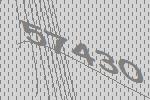
57430